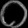
Digit: ၀